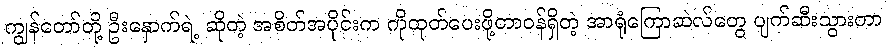
ကျွန်တော်တို့ ဦးနှောက်ရဲ့ ဆိုတဲ့ အစိတ်အပိုင်းက ကိုထုတ်ပေးဖို့တာဝန်ရှိတဲ့ အာရုံကြောဆဲလ်တွေ ပျက်ဆီးသွားတာ